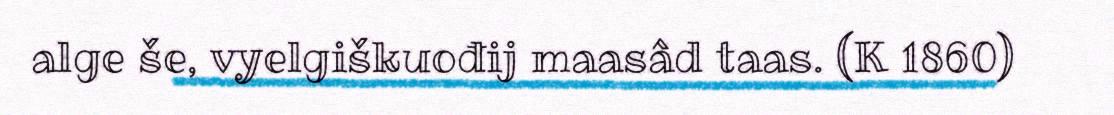
alge še, vyelgiškuođij maasâd taas. (K 1860)